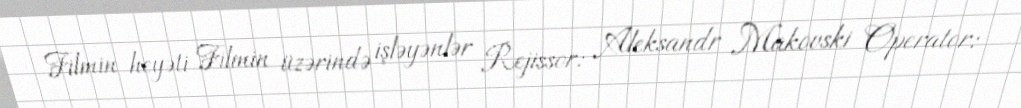
Filmin heyəti Filmin üzərində işləyənlər Rejissor: Aleksandr Makovski Operator: